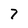
Character: 7